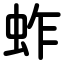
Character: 蚱